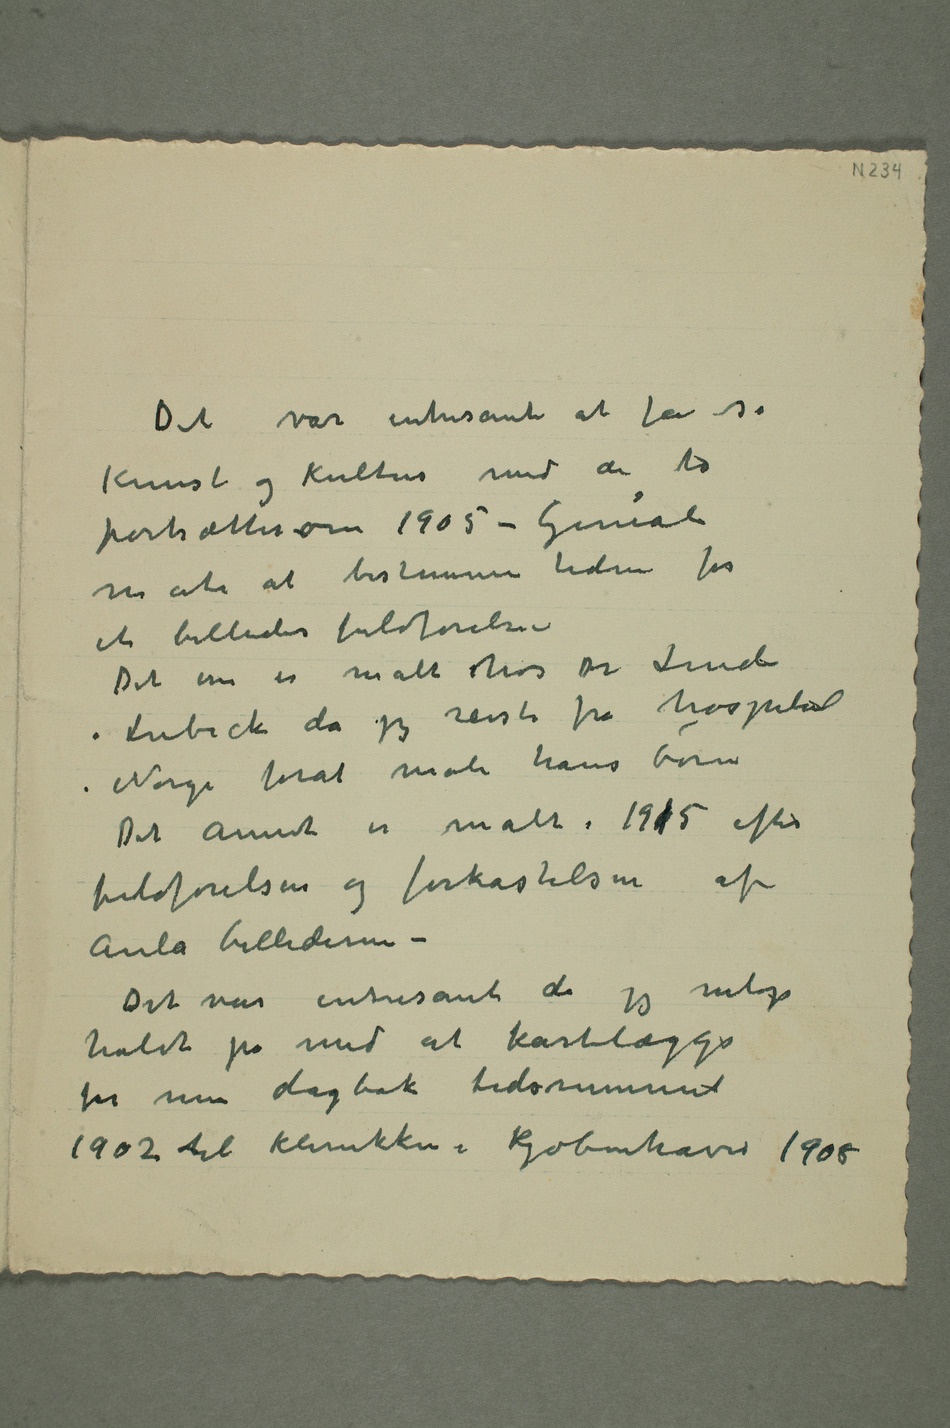
Det var intresant at få se
Kunst og Kultur med de to
portrætter –om 1905 – Genial
måte at bestemme tiden for
et billedes fuldførelse –
Det ene er malt hos Dr Linde
i Lübeck da jeg reiste fra hospital i
Norge forat male hans børn
Det annet er malt i 19015 efter
fuldførelsen og forkastelsen af
Aula billederne –
Det var intresant da jeg netop
holdt på med at kartlægge
for min dagbok tidsrummet
1902 til klinikken i Kjøbenhavn 1908